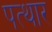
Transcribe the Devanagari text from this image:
पत्थार